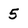
Character: 5